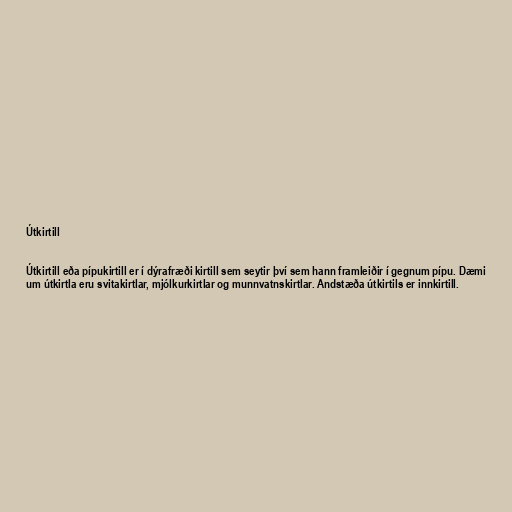
Útkirtill

Útkirtill eða pípukirtill er í dýrafræði kirtill sem seytir því sem hann framleiðir í gegnum pípu. Dæmi
um útkirtla eru svitakirtlar, mjólkurkirtlar og munnvatnskirtlar. Andstæða útkirtils er innkirtill.